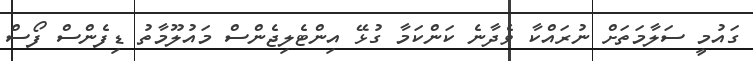
ގައުމީ ސަލާމަތަށް ނުރައްކާ ވެދާނެ ކަންކަމާ ގުޅޭ އިންޓެލިޖެންސް މައުލޫމާތު ޑިފެންސް ފޯސް